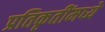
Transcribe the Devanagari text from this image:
प्रतिकृतींमध्ये